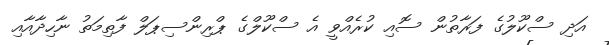
އަދި ސްކޫލުގެ ފަރާތުން ސޮއި ކުރެއްވީ އެ ސްކޫލްގެ ޕްރިންސިޕަލް ފާތިމަތު ނާހިދާއާއި